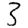
Digit: 3